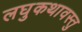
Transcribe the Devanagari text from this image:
लघुकथावस्तु